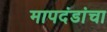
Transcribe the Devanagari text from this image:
मापदंडांचा